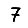
Digit: 7